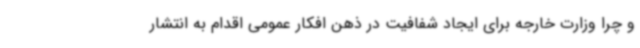
و چرا وزارت خارجه برای ایجاد شفافیت در ذهن افکار عمومی اقدام به انتشار